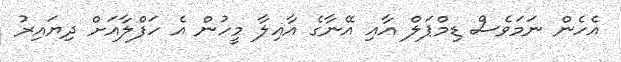
އެހެން ނަމަވެސް ޑިމްޕަލް އާއި އޭނާގެ އާއިލާ މީހުން އެ ހަފްލާއަށް ދިޔައިރު